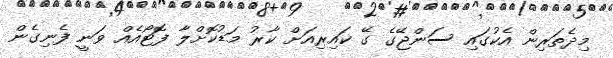
މިދެތަރިން އެކުގައި ސަންޖޭގެ ގޭ ކައިރިއަށް ކާރު މަޑުކޮށްލާ ފޮޓޯއެއް ވަނީ ފެނިގެން